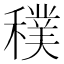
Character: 穙